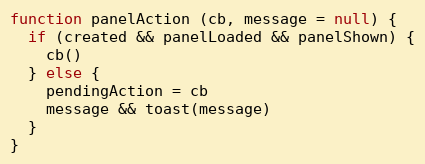
Language: JavaScript
function panelAction (cb, message = null) {
  if (created && panelLoaded && panelShown) {
    cb()
  } else {
    pendingAction = cb
    message && toast(message)
  }
}